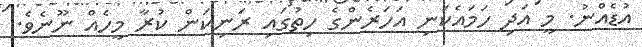
އުޑެއްނު. މީ އަދި ހަމައެކަނި އަހަރެންގެ ހިތުގައި ރަނިކަން ކުރާ މީހެއް ނޫނެވެ.